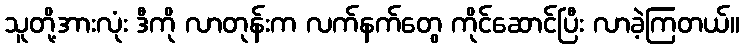
သူတို့အားလုံး ဒီကို လာတုန်းက လက်နက်တွေ ကိုင်ဆောင်ပြီး လာခဲ့ကြတယ်။